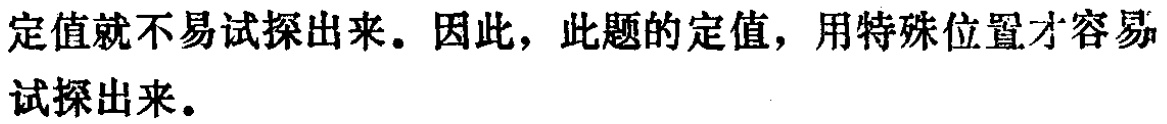
定值就不易试探出来。因此，此题的定值，用特殊位置才容易试探出来。